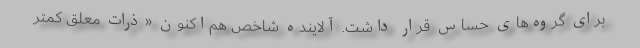
برای گروه‌های حساس قرار داشت. آلاینده شاخص هم‌اکنون «ذرات معلق کمتر